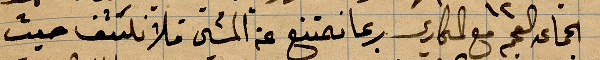
الجماعة العجم مع المكاري ربما نمتنع عن المشي فلا نكشف حيث